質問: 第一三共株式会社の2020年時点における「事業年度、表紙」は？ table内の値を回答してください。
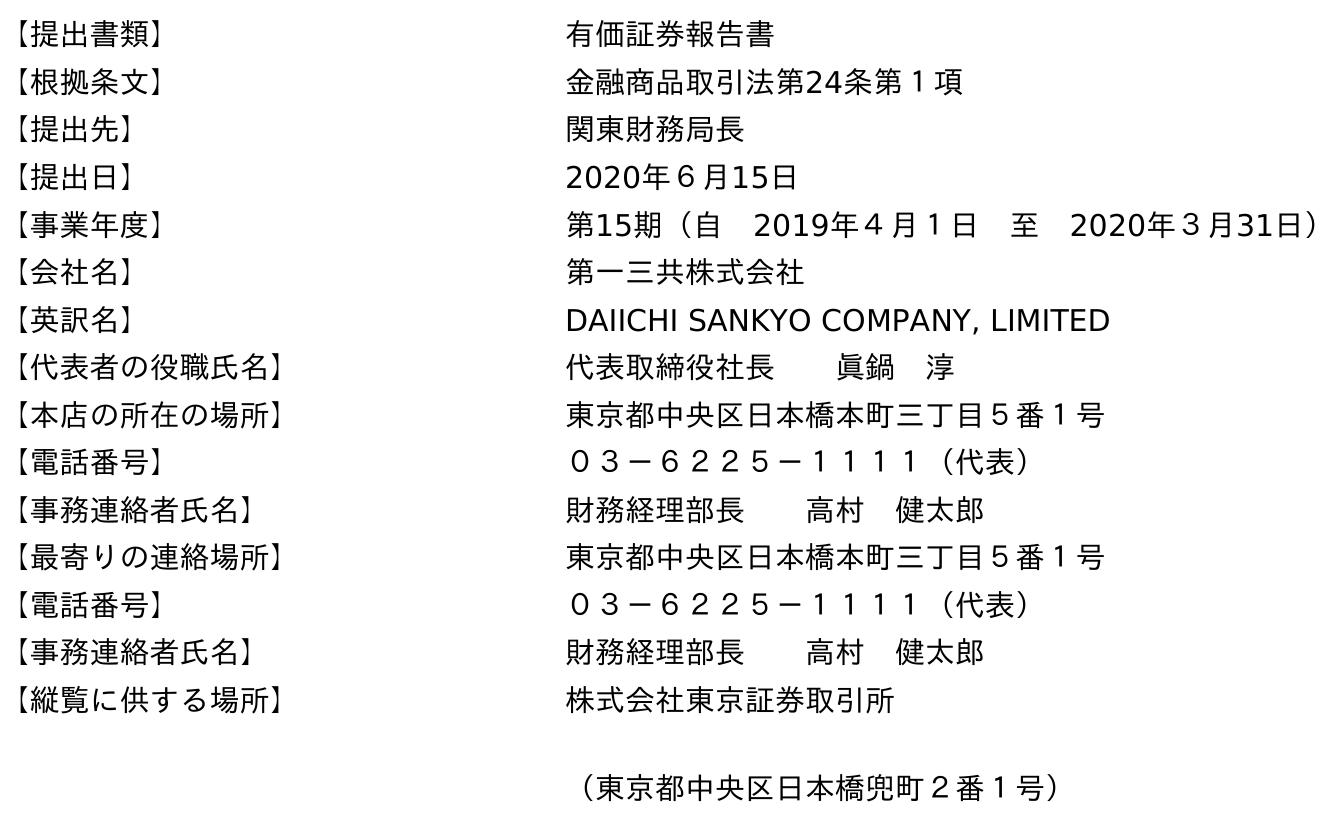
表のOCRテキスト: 【提出書類】 有価証券報告書 【根拠条文】 金融商品取引法第24条第１項 【提出先】 関東財務局長 【提出日】 2020年６月15日 【事業年度】 第15期（自 2019年４月１日 至 2020年３月31日） 【会社名】 第一三共株式会社 【英訳名】 DAIICHI SANKYO COMPANY, LIMITED 【代表者の役職氏名】 代表取締役社長  眞鍋 淳 【本店の所在の場所】 東京都中央区日本橋本町三丁目５番１号 【電話番号】 ０３－６２２５－１１１１（代表） 【事務連絡者氏名】 財務経理部長  高村 健太郎 【最寄りの連絡場所】 東京都中央区日本橋本町三丁目５番１号 【電話番号】 ０３－６２２５－１１１１（代表） 【事務連絡者氏名】 財務経理部長  高村 健太郎 【縦覧に供する場所】 株式会社東京証券取引所 （東京都中央区日本橋兜町２番１号）
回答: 第15期（自　2019年４月１日　至　2020年３月31日）